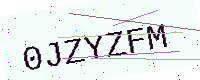
Text: 0JZYZFM